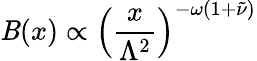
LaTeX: \mathit{B}(x)\propto\left(\frac{{x}}{{\Lambda^{2}}}\right)^{-\omega(1+\tilde{{\nu}})}